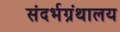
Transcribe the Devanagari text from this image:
संदर्भग्रंथालय